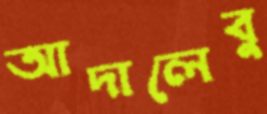
আদালেবু